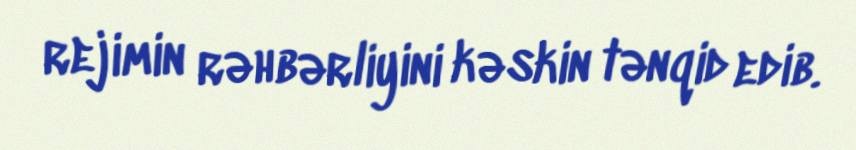
rejimin rəhbərliyini kəskin tənqid edib.